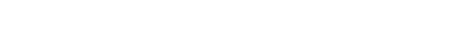
ဌာနာဌာနေ၊ အကြောင်းဟုတ်သည် မဟုတ်သည်၌။ ဉာဏံ၊ သိသောဉာဏ်လည်းကောင်း။ ဝိပါကေ၊